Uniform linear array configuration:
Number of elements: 24
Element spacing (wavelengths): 0.5
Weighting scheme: hann
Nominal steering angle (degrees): -30
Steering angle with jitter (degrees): -28.496
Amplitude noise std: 0.05
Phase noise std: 0.05

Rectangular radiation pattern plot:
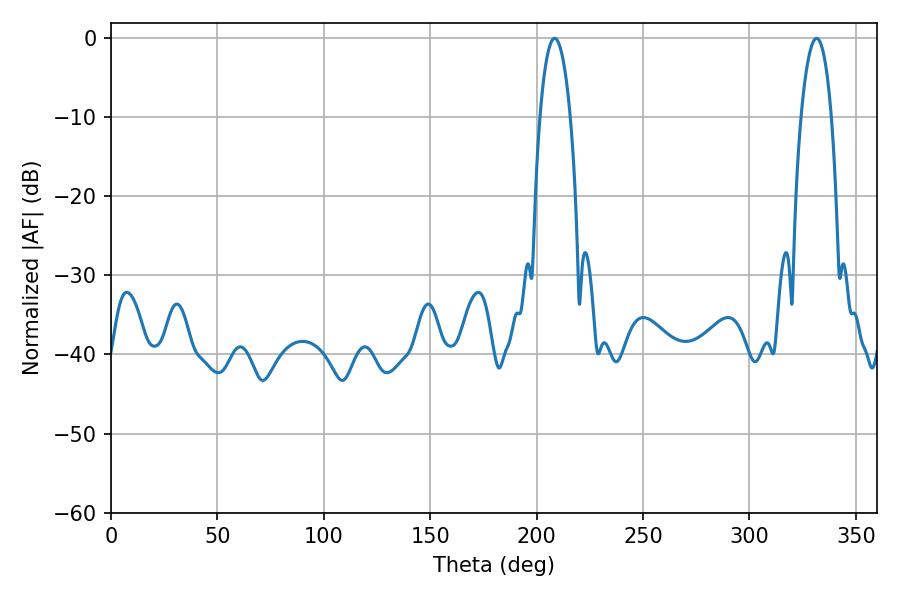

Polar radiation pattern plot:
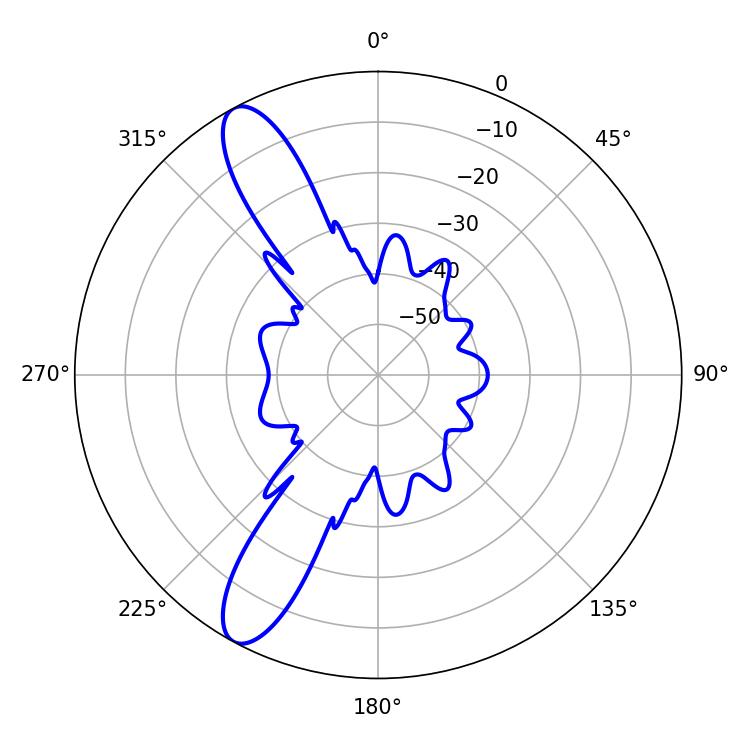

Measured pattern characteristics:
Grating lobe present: FALSE
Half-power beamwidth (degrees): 8.1
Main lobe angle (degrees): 208.44